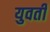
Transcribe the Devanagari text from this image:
युवतीं